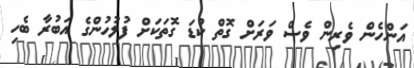
އަންހެން ވެރިން ވެސް ވަރަށް ގޮތް ކުޑަ ގޮތަކަށް ފުލުހުންގެ އަބުރާ ބެހި